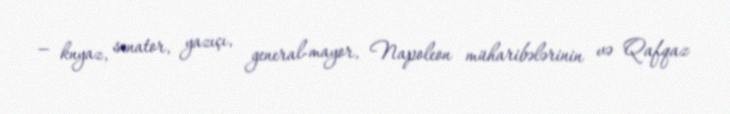
— knyaz, senator, yazıçı, general-mayor, Napoleon müharibələrinin və Qafqaz